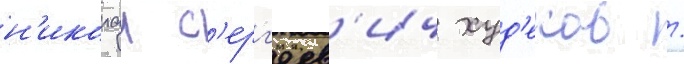
н'иколаи с'ерг'еев'ич худ'еков /